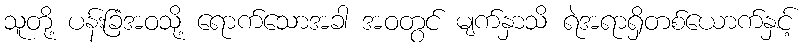
သူတို့ ပန်းခြံအဝသို့ ရောက်သောအခါ အဝတွင် မျက်နှာသိ ရဲအရာရှိတစ်ယောက်နှင့်